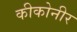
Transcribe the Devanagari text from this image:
कीकोनीर